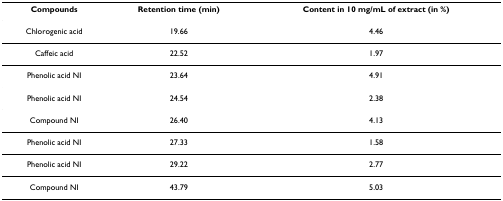
| Compounds | Retention time (min) | Content in 10 mg/mL of extract (in %) |
 | --- | --- | --- |
 | Chlorogenic acid | 19.66 | 4.46 |
 | Caffeic acid | 22.52 | 1.97 |
 | Phenolic acid NI | 23.64 | 4.91 |
 | Phenolic acid NI | 24.54 | 2.38 |
 | Compound NI | 26.40 | 4.13 |
 | Phenolic acid NI | 27.33 | 1.58 |
 | Phenolic acid NI | 29.22 | 2.77 |
 | Compound NI | 43.79 | 5.03 |